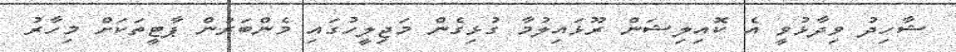
ޝާހިދު ވިދާޅުވީ އެ ކޮއިލިޝަން ރޫޅައިލުމާ ގުޅިގެން މަޖިލީހުގައި މެންބަރުން ޕާޓީތަކަށް މިހާރު